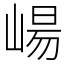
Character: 崵